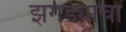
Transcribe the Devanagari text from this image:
झगड्याचा